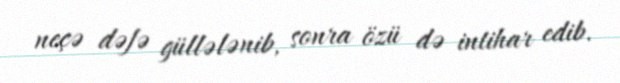
neçə dəfə güllələnib, sonra özü də intihar edib.